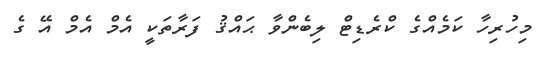
މިހުރިހާ ކަމެއްގެ ކްރެޑިޓް ލިބެންވާ ޙައްޤު ފަރާތަކީ އެމް އެމް އޭ ގެ